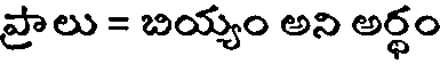
ప్రాలు = బియ్యం అని అర్థం